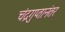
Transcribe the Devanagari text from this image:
चंद्रगुप्तानंतर